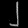
Digit: ၂